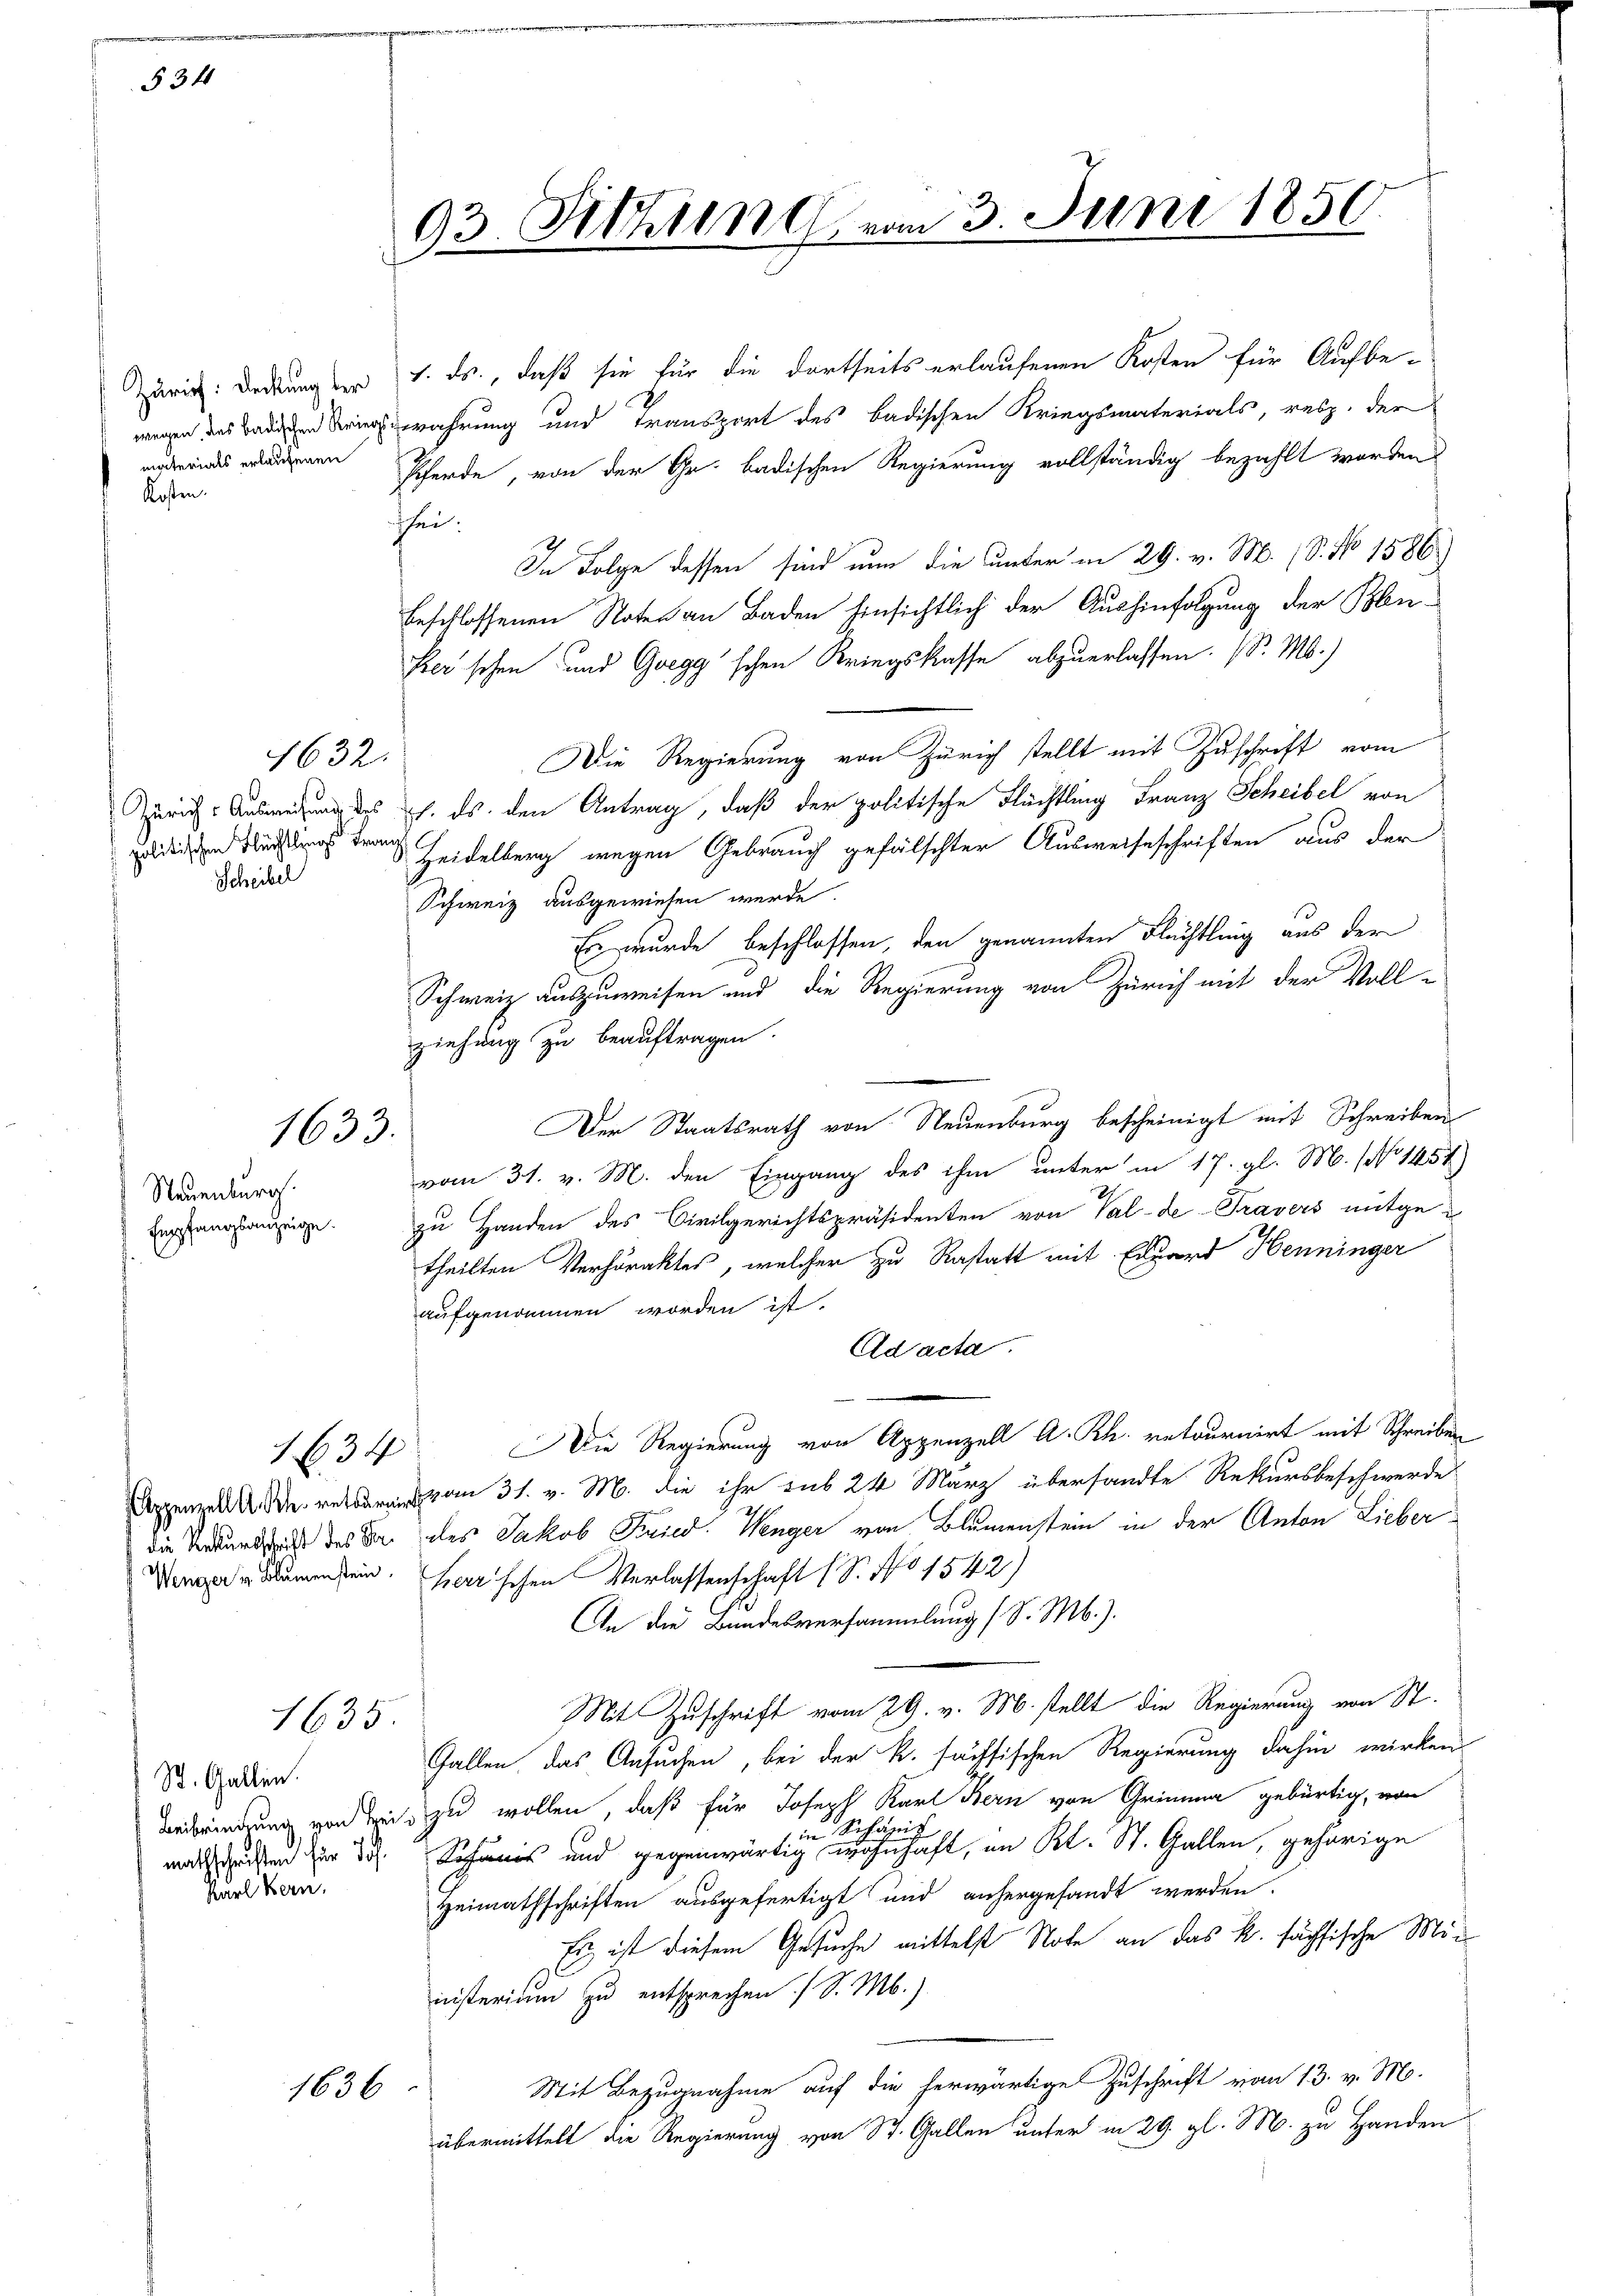
§34

Zürich: Deckung der
materials erlaufenen
Kosten.

Neuenburg.
Empfangsanzeige

1632.

Züricht Ausweisung des
politischen Flüchtlings Fron
Scheibel

1633.

1634

1635.
St. Gallen.

Karl Bern.

1636

93. Sitzung vom 3. Juni 1850

1. ds., daß sie für die dortseits erlaufenen Kosten für Aufbe-
n s den Bewahrung und Transport des badischen Kriegsmaterials, resp. der
Pferde, von der Gr. badischen Regierung vollständig bezahlt worden
sei.
In Folge dessen sind nun die unter in 29. v. M. (S. No 1586)
beschlossenen Noten an Baden hinsichtlich der Aushinfolgung der Ben¬
Ker'schen und Goegg'schen Kriegskasse abzuerlassen. (S. M.)
Die Regierung von Zürich stellt mit Zuschrift vom
1. ds. den Antrag, daß der politische Flüchtling Franz Scheibel von
i
Heidelberg wegen Gebrauch gefälschter Ausweiseschriften aus der
Schweiz ausgewiesen werde.
Es wurde beschlossen, den genannten Flüchtling aus der
Schweiz auszuweisen und die Regierung von Zürich mit der Voll-
ziehung zu beauftragen.
Der Staatsrath von Neuenburg bescheinigt mit Schreiben
vom 31. v. M. den Eingang des ihm unter in 17. gl. M. (No 1451)
zu Handen des Civilgerichtspräsidenten von Val-de-Travers mitge-
theilten Verhöraktes, welcher zu Rastatt mit Edward Henninger
aufgenommen worden ist.
Ad acta.
Die Regierung von Appenzell A. Rh. retournirt mit Schreiben
pen vom 31. v. M. die ihr sub 24 März übersandte Rekursbeschwerde
die Bundend des Dr. des Jakob Fried. Wenger von Blumenstein in der Anton Lieber
Werden Blumen sein. Herrschen Verlassenschaft (S. No 1542)
An die Bundesversammlung (S. M.).
Mit Zuschrift vom 29. v. M. stellt die Regierung von St.
Gallen, das Ansuchen, bei der R. sächsischen Regierung dahin wirken,
Beibringung von Zeit zu wollen, daß für Joseph Karl Bern von Grima gebürtig, von
Schäsi
een |
marschriften für des und gegenwärtig wohnhaft, in Kt. St. Gallen, gehörige
Heimathschriften ausgefertigt und anhergesandt werden.
Es ist diesem Gesuche mittelst Note an das k. fächsische Min
nnisterium zu entsprechen. (S. M.)
Mit Bezugnahme auf die herwärtige Zuschrift vom 13. v. M.
übermittelt die Regierung von St. Gallen unter in 29. gl. M. zu Handen